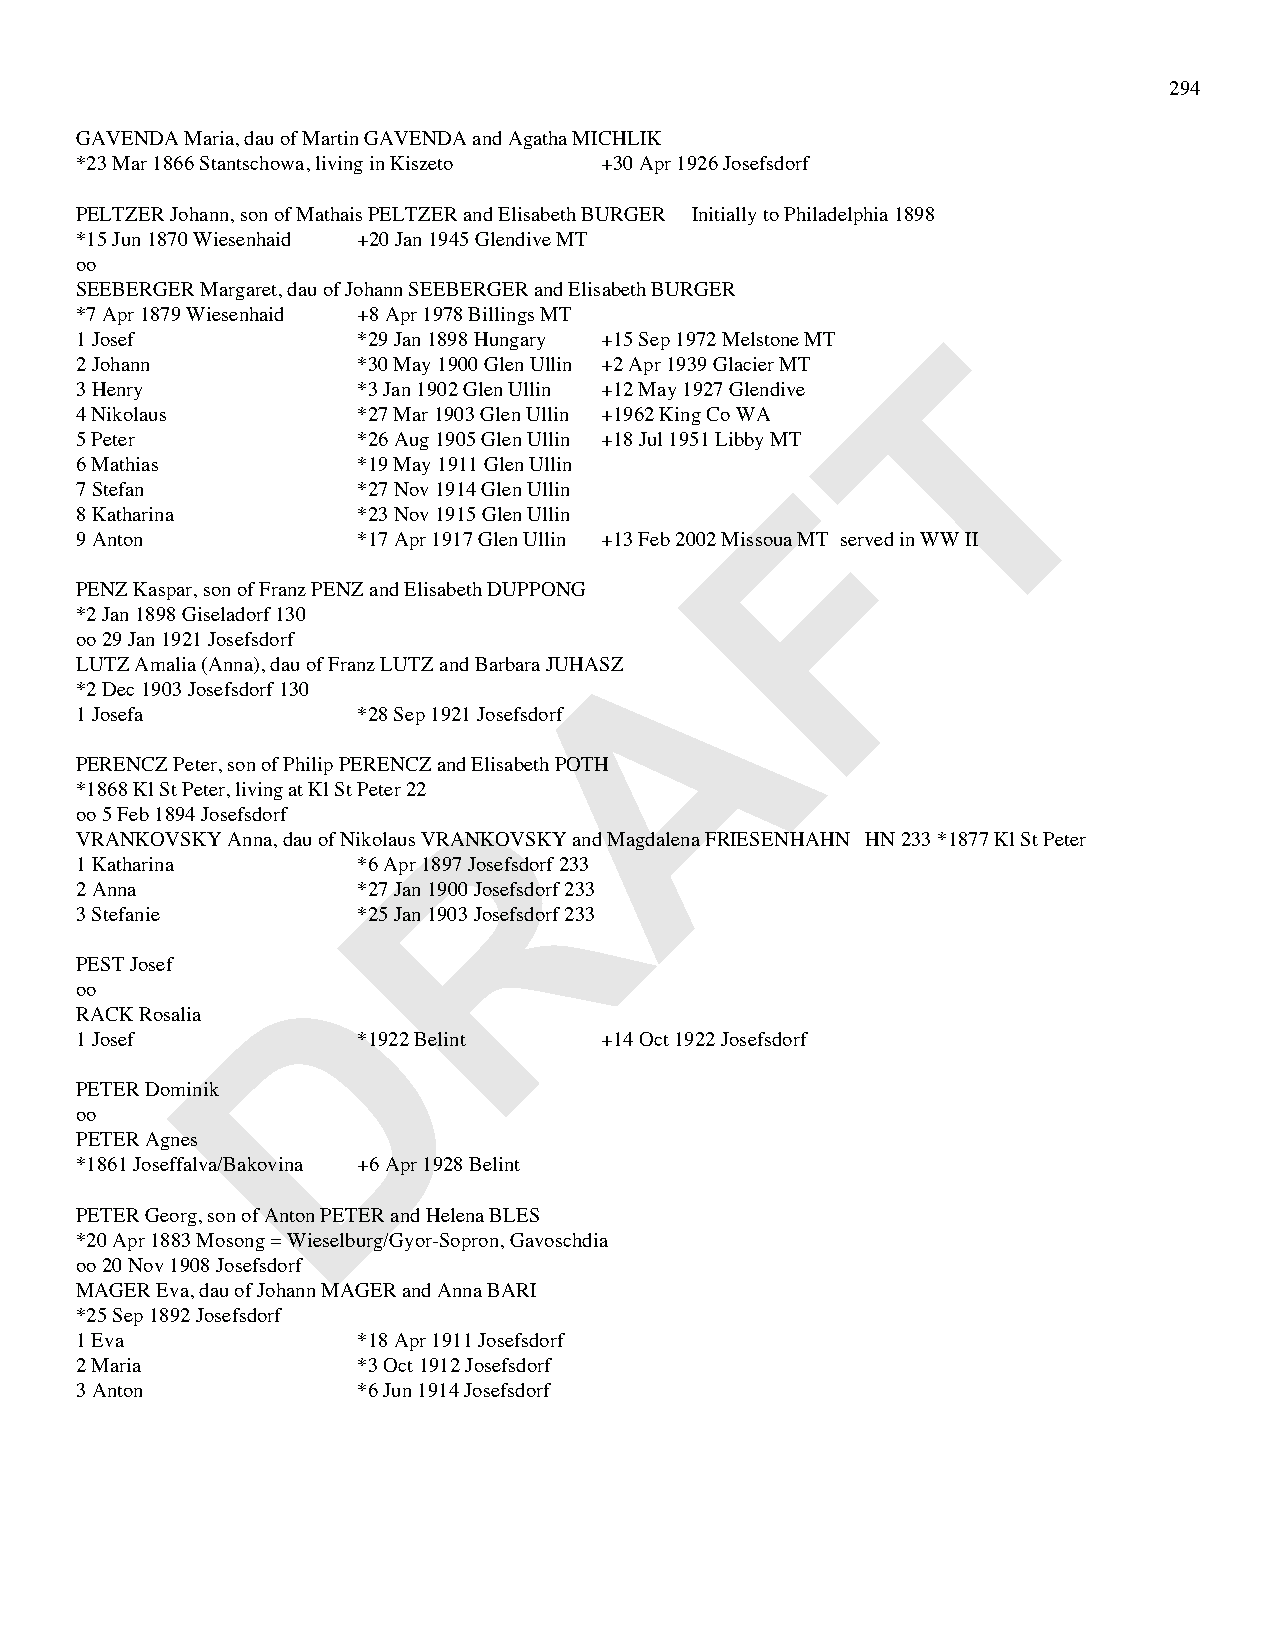
294
 GAVENDA Maria, dau of Martin GAVENDA and Agatha MICHLIK
 *23 Mar 1866 Stantschowa, living in Kiszeto +30 Apr 1926 Josefsdorf
 PELTZER Johann, son of Mathais PELTZER and Elisabeth BURGER Initially to Philadelphia 1898
 *15 Jun 1870 Wiesenhaid +20 Jan 1945 Glendive MT
 oo
 SEEBERGER Margaret, dau of Johann SEEBERGER and Elisabeth BURGER
 *7 Apr 1879 Wiesenhaid +8 Apr 1978 Billings MT
 T
 1 Josef            *29 Jan 1898 Hungary +15 Sep 1972 Melstone MT
 2 Johann           *30 May 1900 Glen Ullin +2 Apr 1939 Glacier MT
 3 Henry            *3 Jan 1902 Glen Ullin +12 May 1927 Glendive
 4 Nikolaus         *27 Mar 1903 Glen Ullin +1962 King Co WA
 5 Peter            *26 Aug 1905 Glen Ullin +18 Jul 1951 Libby MT
 6 Mathias          *19 May 1911 Glen Ullin     F
 7 Stefan           *27 Nov 1914 Glen Ullin
 8 Katharina        *23 Nov 1915 Glen Ullin
 9 Anton            *17 Apr 1917 Glen Ullin +13 Feb 2002 Missoua MT served in WW II
 PENZ Kaspar, son of Franz PENZ and Elisabeth DUPPONG
 *2 Jan 1898 Giseladorf 130           A
 oo 29 Jan 1921 Josefsdorf
 LUTZ Amalia (Anna), dau of Franz LUTZ and Barbara JUHASZ
 *2 Dec 1903 Josefsdorf 130
 1 Josefa           *28 Sep 1921 Josefsdorf
 PERENCZ Peter, son of Philip PERENCZ and Elisabeth POTH
 R
 *1868 Kl St Peter, living at Kl St Peter 22
 oo 5 Feb 1894 Josefsdorf
 VRANKOVSKY Anna, dau of Nikolaus VRANKOVSKY and Magdalena FRIESENHAHN HN 233 *1877 Kl St Peter
 1 Katharina        *6 Apr 1897 Josefsdorf 233
 2 Anna             *27 Jan 1900 Josefsdorf 233
 3 Stefanie         *25 Jan 1903 Josefsdorf 233
 D
 PEST Josef
 oo
 RACK Rosalia
 1 Josef            *1922 Belint    +14 Oct 1922 Josefsdorf
 PETER Dominik
 oo
 PETER Agnes
 *1861 Joseffalva/Bakovina +6 Apr 1928 Belint
 PETER Georg, son of Anton PETER and Helena BLES
 *20 Apr 1883 Mosong = Wieselburg/Gyor-Sopron, Gavoschdia
 oo 20 Nov 1908 Josefsdorf
 MAGER Eva, dau of Johann MAGER and Anna BARI
 *25 Sep 1892 Josefsdorf
 1 Eva              *18 Apr 1911 Josefsdorf
 2 Maria            *3 Oct 1912 Josefsdorf
 3 Anton            *6 Jun 1914 Josefsdorf